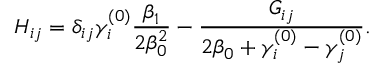
H _ { i j } = \delta _ { i j } \gamma _ { i } ^ { ( 0 ) } { \frac { \beta _ { 1 } } { 2 \beta _ { 0 } ^ { 2 } } } - { \frac { G _ { i j } } { 2 \beta _ { 0 } + \gamma _ { i } ^ { ( 0 ) } - \gamma _ { j } ^ { ( 0 ) } } } .